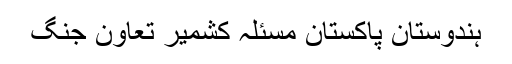
ہندوستان پاکستان مسئلہ کشمیر تعاون جنگ